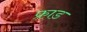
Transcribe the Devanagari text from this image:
फ्राड